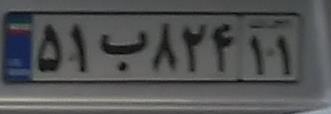
۵۱ب۸۲۴۱۱